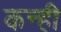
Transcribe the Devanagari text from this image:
कन्ही